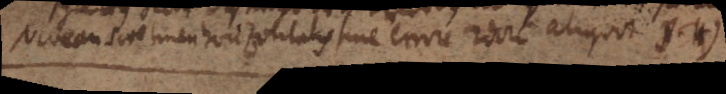
Niveau sive linea horizontalis sine errore 2dorum aliquot S.H)